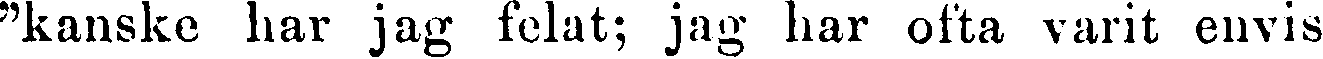
"kanske har jag felat; jag har ofta varit envis